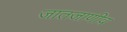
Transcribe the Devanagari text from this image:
जातजाणीव